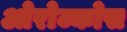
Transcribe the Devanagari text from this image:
ओरोज्कोस